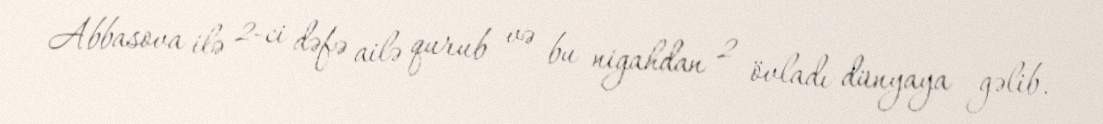
Abbasova ilə 2-ci dəfə ailə qurub və bu nigahdan 2 övladı dünyaya gəlib.